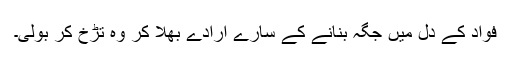
فواد کے دل میں جگہ بنانے کے سارے ارادے بھلا کر وہ تڑخ کر بولی۔